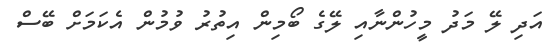
އަދި ލޭ މަދު މީހުންނާއި ލޭގެ ބޯމިން އިތުރު ވުމުން އެކަމަށް ބޭސް